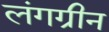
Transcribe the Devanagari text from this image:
लंगग्रीन